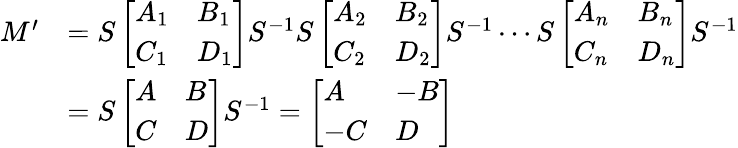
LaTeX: \begin{array}{rl}{M^{\prime}}&{=S\left[\begin{array}{ll}{A_{1}}&{B_{1}}\\ {C_{1}}&{D_{1}}\end{array}\right]S^{-1}S\left[\begin{array}{ll}{A_{2}}&{B_{2}}\\ {C_{2}}&{D_{2}}\end{array}\right]S^{-1}\cdots S\left[\begin{array}{ll}{A_{n}}&{B_{n}}\\ {C_{n}}&{D_{n}}\end{array}\right]S^{-1}}\\ &{=S\left[\begin{array}{ll}{A}&{B}\\ {C}&{D}\end{array}\right]S^{-1}=\left[\begin{array}{ll}{A}&{-B}\\ {-C}&{D}\end{array}\right]}\end{array}